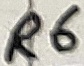
Text: R6